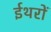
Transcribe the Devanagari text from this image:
ईथरों